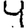
Digit: 4